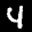
Label: 4